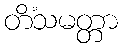
တိံသမတ္တာ